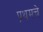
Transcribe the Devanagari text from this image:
प्रथमचे